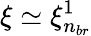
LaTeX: \xi\simeq\xi_{n_{br}}^{1}